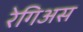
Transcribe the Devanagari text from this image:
रेगिअस